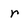
Character: r